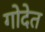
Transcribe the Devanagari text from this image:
गोदेत